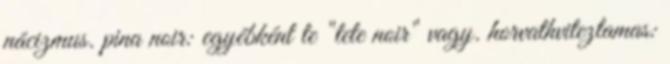
nácizmus. pina noir: egyébként te "tete noir" vagy. horvathviteztamas: